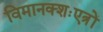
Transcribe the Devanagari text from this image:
विमानक्शःएत्रों